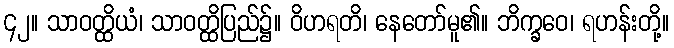
၄၂။ သာဝတ္ထိယံ၊ သာဝတ္ထိပြည်၌။ ဝိဟရတိ၊ နေတော်မူ၏။ ဘိက္ခဝေ၊ ရဟန်းတို့။